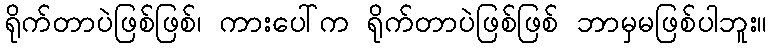
ရိုက်တာပဲဖြစ်ဖြစ်၊ ကားပေါ်က ရိုက်တာပဲဖြစ်ဖြစ် ဘာမှမဖြစ်ပါဘူး။